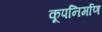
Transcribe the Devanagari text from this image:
कूपनिर्माण